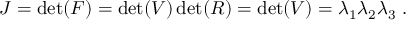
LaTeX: J = \operatorname* { d e t } ( { \boldsymbol { F } } ) = \operatorname* { d e t } ( { \boldsymbol { V } } ) \operatorname* { d e t } ( { \boldsymbol { R } } ) = \operatorname* { d e t } ( { \boldsymbol { V } } ) = \lambda _ { 1 } \lambda _ { 2 } \lambda _ { 3 } ~ .